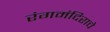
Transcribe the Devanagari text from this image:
रंगमंदिराचे